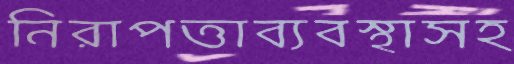
নিরাপত্তাব্যবস্থাসহ